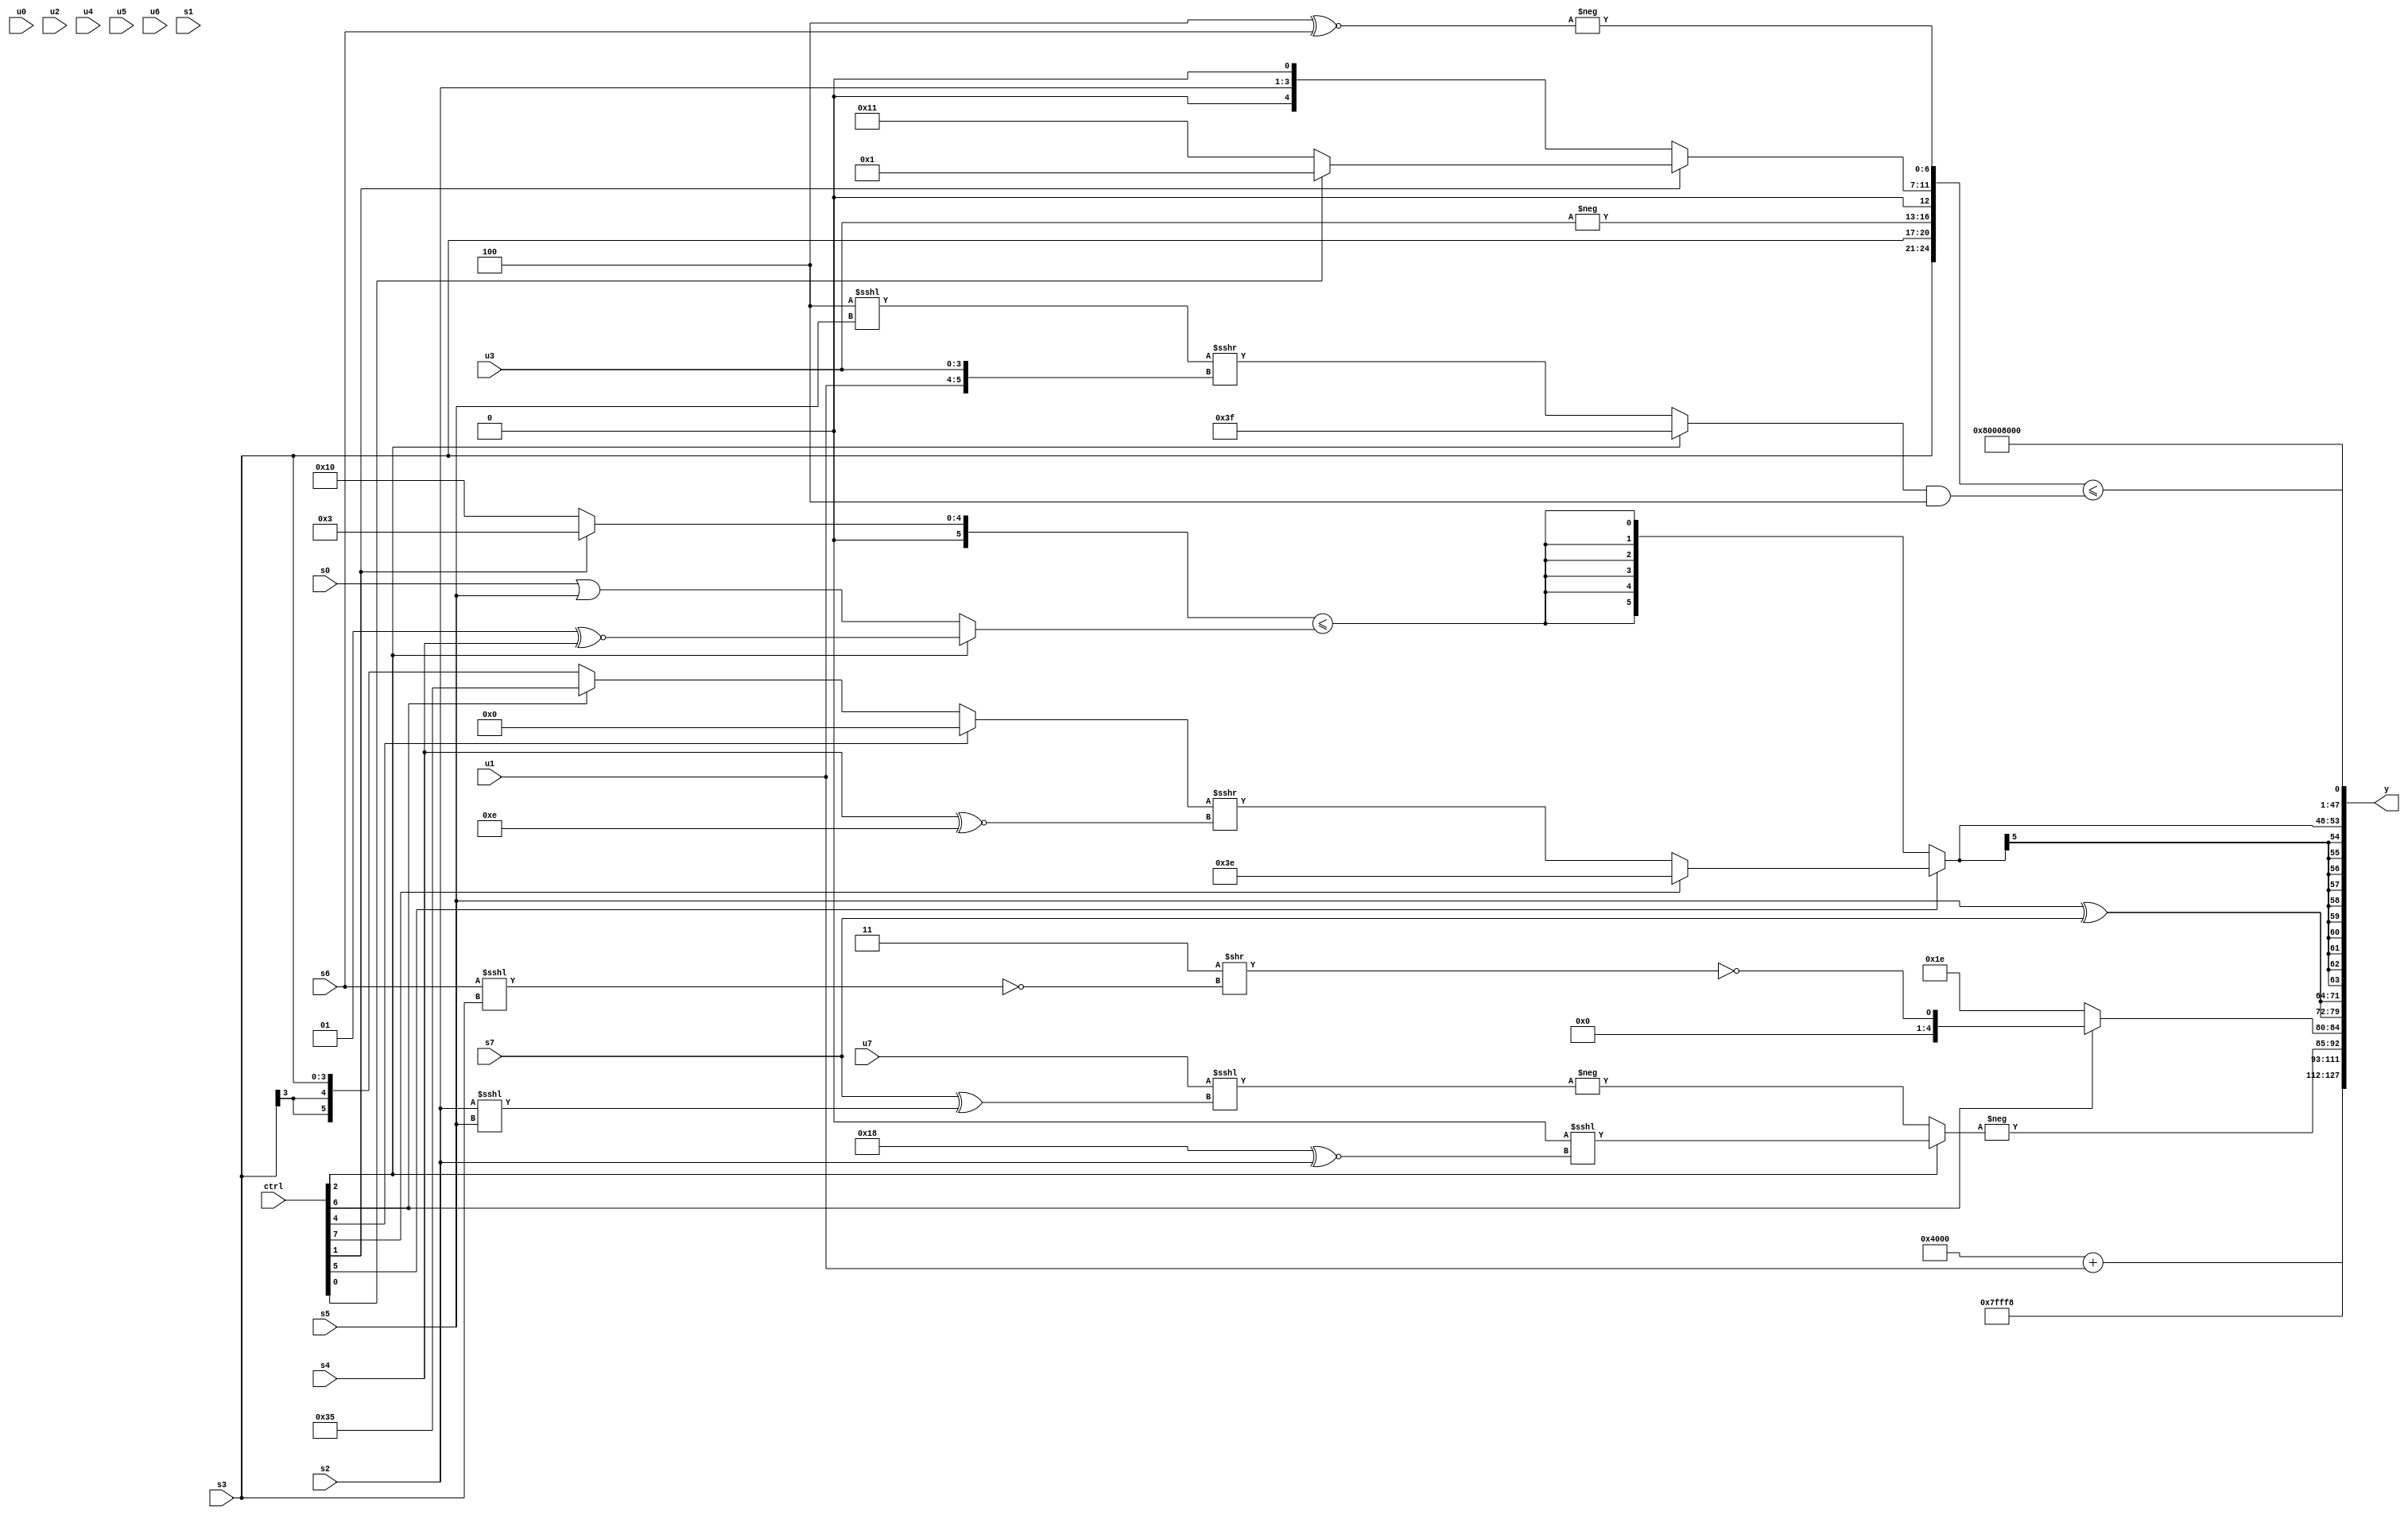
module wideexpr_00948(ctrl, u0, u1, u2, u3, u4, u5, u6, u7, s0, s1, s2, s3, s4, s5, s6, s7, y);
  input [7:0] ctrl;
  input [0:0] u0;
  input [1:0] u1;
  input [2:0] u2;
  input [3:0] u3;
  input [4:0] u4;
  input [5:0] u5;
  input [6:0] u6;
  input [7:0] u7;
  input signed [0:0] s0;
  input signed [1:0] s1;
  input signed [2:0] s2;
  input signed [3:0] s3;
  input signed [4:0] s4;
  input signed [5:0] s5;
  input signed [6:0] s6;
  input signed [7:0] s7;
  output [127:0] y;
  wire [15:0] y0;
  wire [15:0] y1;
  wire [15:0] y2;
  wire [15:0] y3;
  wire [15:0] y4;
  wire [15:0] y5;
  wire [15:0] y6;
  wire [15:0] y7;
  assign y = {y0,y1,y2,y3,y4,y5,y6,y7};
  assign y0 = (((3'b010)^($unsigned($signed({s3,~^((6'b100111)>>(1'sb0)),~((4'sb1010)>>>(6'sb110010))}))))<<(6'b001101))+(u1);
  assign y1 = 3'sb111;
  assign y2 = {-($unsigned((ctrl[2]?+((1'sb0)<<<($unsigned((5'b11000)^~(s2)))):-((u7)<<<(($signed(s7))^((s2)<<<(s5))))))),(ctrl[6]?{($unsigned(1'sb0))==((2'b11)>>($signed(!((s6)<<<(s3)))))}:5'b11110)};
  assign y3 = $signed({2{(s5)^(s7)}});
  assign y4 = $signed($signed((ctrl[5]?(ctrl[7]?3'sb110:((ctrl[4]?1'sb0:(ctrl[6]?6'sb110101:s3)))>>>($signed((s4)^~(4'b1110)))):$signed(((ctrl[1]?$signed(6'sb000011):-(5'sb10000)))<=((ctrl[2]?(2'sb01)^~(s4):(s0)|(s5)))))));
  assign y5 = ({4{$unsigned($signed(4'sb0111))}})!=({4{+((ctrl[3]?2'sb01:$signed($unsigned(u2))))}});
  assign y6 = |({s6,$signed(4'sb1101)});
  assign y7 = ({1{$unsigned({1{{{2{s3}},+(-(u3)),(ctrl[1]?(ctrl[0]?2'b01:6'sb010001):{s2,1'sb0}),-((3'sb100)^~(s6))}}})}})<=(+(($signed((ctrl[2]?{3{{2{1'sb1}}}}:((4'sb0100)<<<(s5))>>>({u1,u3}))))&(3'sb100)));
endmodule